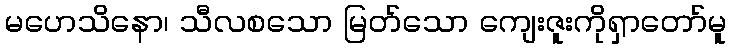
မဟေသိနော၊ သီလစသော မြတ်သော ကျေးဇူးကိုရှာတော်မူ